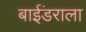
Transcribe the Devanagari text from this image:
बाईंडराला